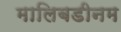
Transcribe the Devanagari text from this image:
मालिबडीनम